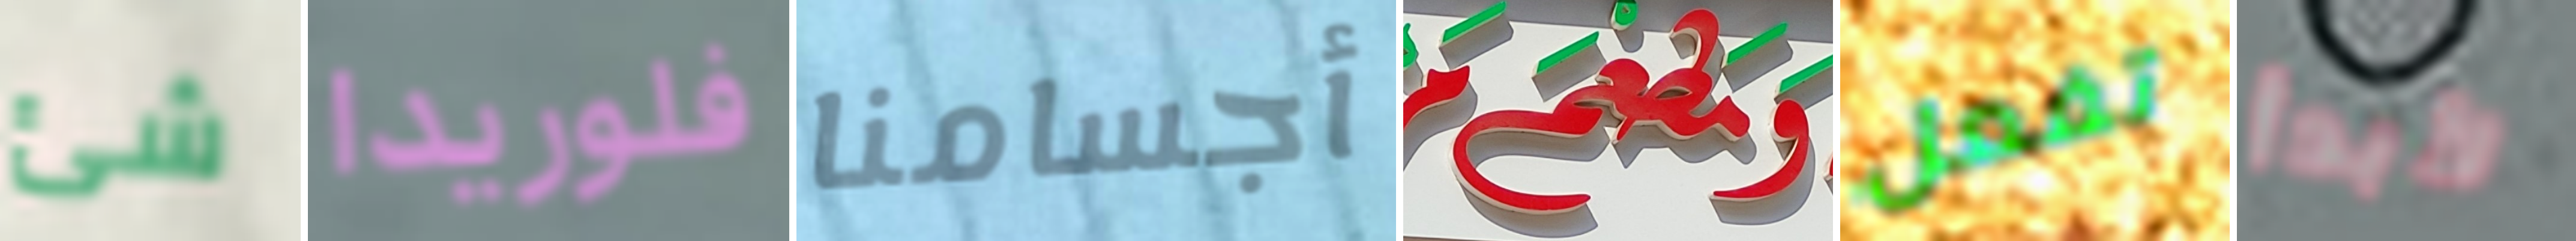
شئ فلوريدا أجسامنا ومطعم تفعل لأبدأ